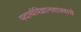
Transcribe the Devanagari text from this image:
पदार्थविज्ञानशास्त्राचे